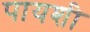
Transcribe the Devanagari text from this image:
पायशी